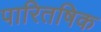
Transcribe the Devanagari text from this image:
पारितषिक